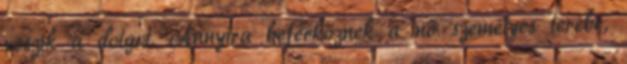
veszik a dolgot. Annyira beférkőznek a nő személyes terébe,